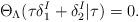
LaTeX: \begin{align*}\Theta_{\Lambda}(\tau\delta_{1}^{I}+\delta_{2}^{I}|\tau)=0.\end{align*}